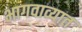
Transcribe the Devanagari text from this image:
भागवाव्यात